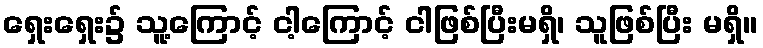
ရှေးရှေး၌ သူ့ကြောင့် ငါ့ကြောင့် ငါဖြစ်ပြီးမရှိ၊ သူဖြစ်ပြီး မရှိ။